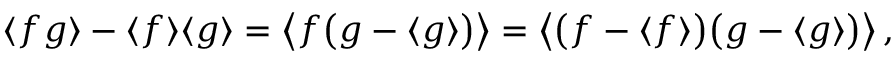
\begin{array} { r } { \langle f g \rangle - \langle f \rangle \langle g \rangle = \big \langle f \bigl ( g - \langle g \rangle \bigr ) \big \rangle = \big \langle \bigl ( f - \langle f \rangle \bigr ) \bigl ( g - \langle g \rangle \bigr ) \big \rangle \, , } \end{array}